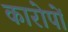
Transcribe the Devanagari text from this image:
कारोपों